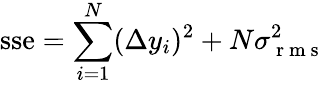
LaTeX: \textrm{sse}=\sum_{i=1}^{N}(\Delta y_{i})^{2}+N\sigma_{\mathrm{~r~m~s~}}^{2}